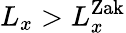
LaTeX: L_{x}>L_{x}^{\mathrm{Zak}}